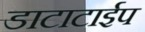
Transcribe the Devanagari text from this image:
डाटाटाईप